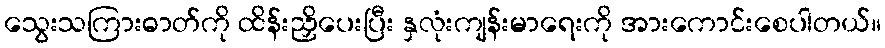
သွေးသကြားဓာတ်ကို ထိန်းညှိပေးပြီး နှလုံးကျန်းမာရေးကို အားကောင်းစေပါတယ်။